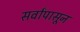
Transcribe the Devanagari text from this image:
सर्वांपासून